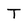
Character: T